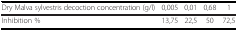
| Dry Malva sylvestris decoction concentration (g/l) | 0,005 | 0,01 | 0,68 | 1 |
 | --- | --- | --- | --- | --- |
 | Inhibition % | 13,75 | 22,5 | 50 | 72,5 |